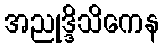
အညုဒ္ဒိသိကေန